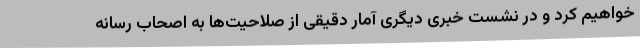
خواهیم کرد و در نشست خبری دیگری آمار دقیقی از صلاحیت‌ها به اصحاب رسانه